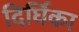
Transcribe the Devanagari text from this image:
दिर्घिका